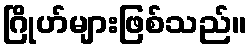
ဂြိုဟ်များဖြစ်သည်။